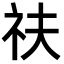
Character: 䃿